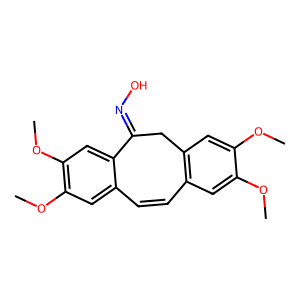
SMILES: COc1cc2c(cc1OC)CC(=NO)c1cc(OC)c(OC)cc1C=C2
Inhibits HIV replication: No